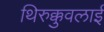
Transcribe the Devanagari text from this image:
थिरुक्कुवलाई